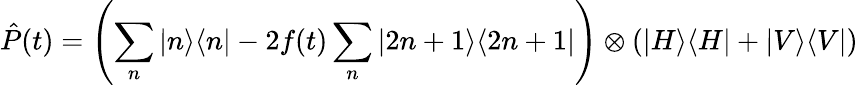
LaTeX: \hat{P}(t)=\left(\sum_{n}|n\rangle\langle n|-2f(t)\sum_{n}|2n+1\rangle\langle 2n+1|\right)\otimes(|H\rangle\langle H|+|V\rangle\langle V|)